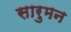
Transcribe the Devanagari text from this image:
सारुमन